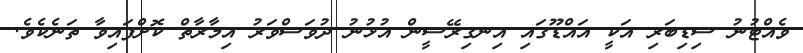
ވެއްޓުނު ސިޑިބަރި އަކީ އައްޑޫގައި އިނގިރޭސީން އުޅުނު ދުވަސްވަރު އިމާރާތް ކޮށްފައިވާ ތަނެކެވެ.